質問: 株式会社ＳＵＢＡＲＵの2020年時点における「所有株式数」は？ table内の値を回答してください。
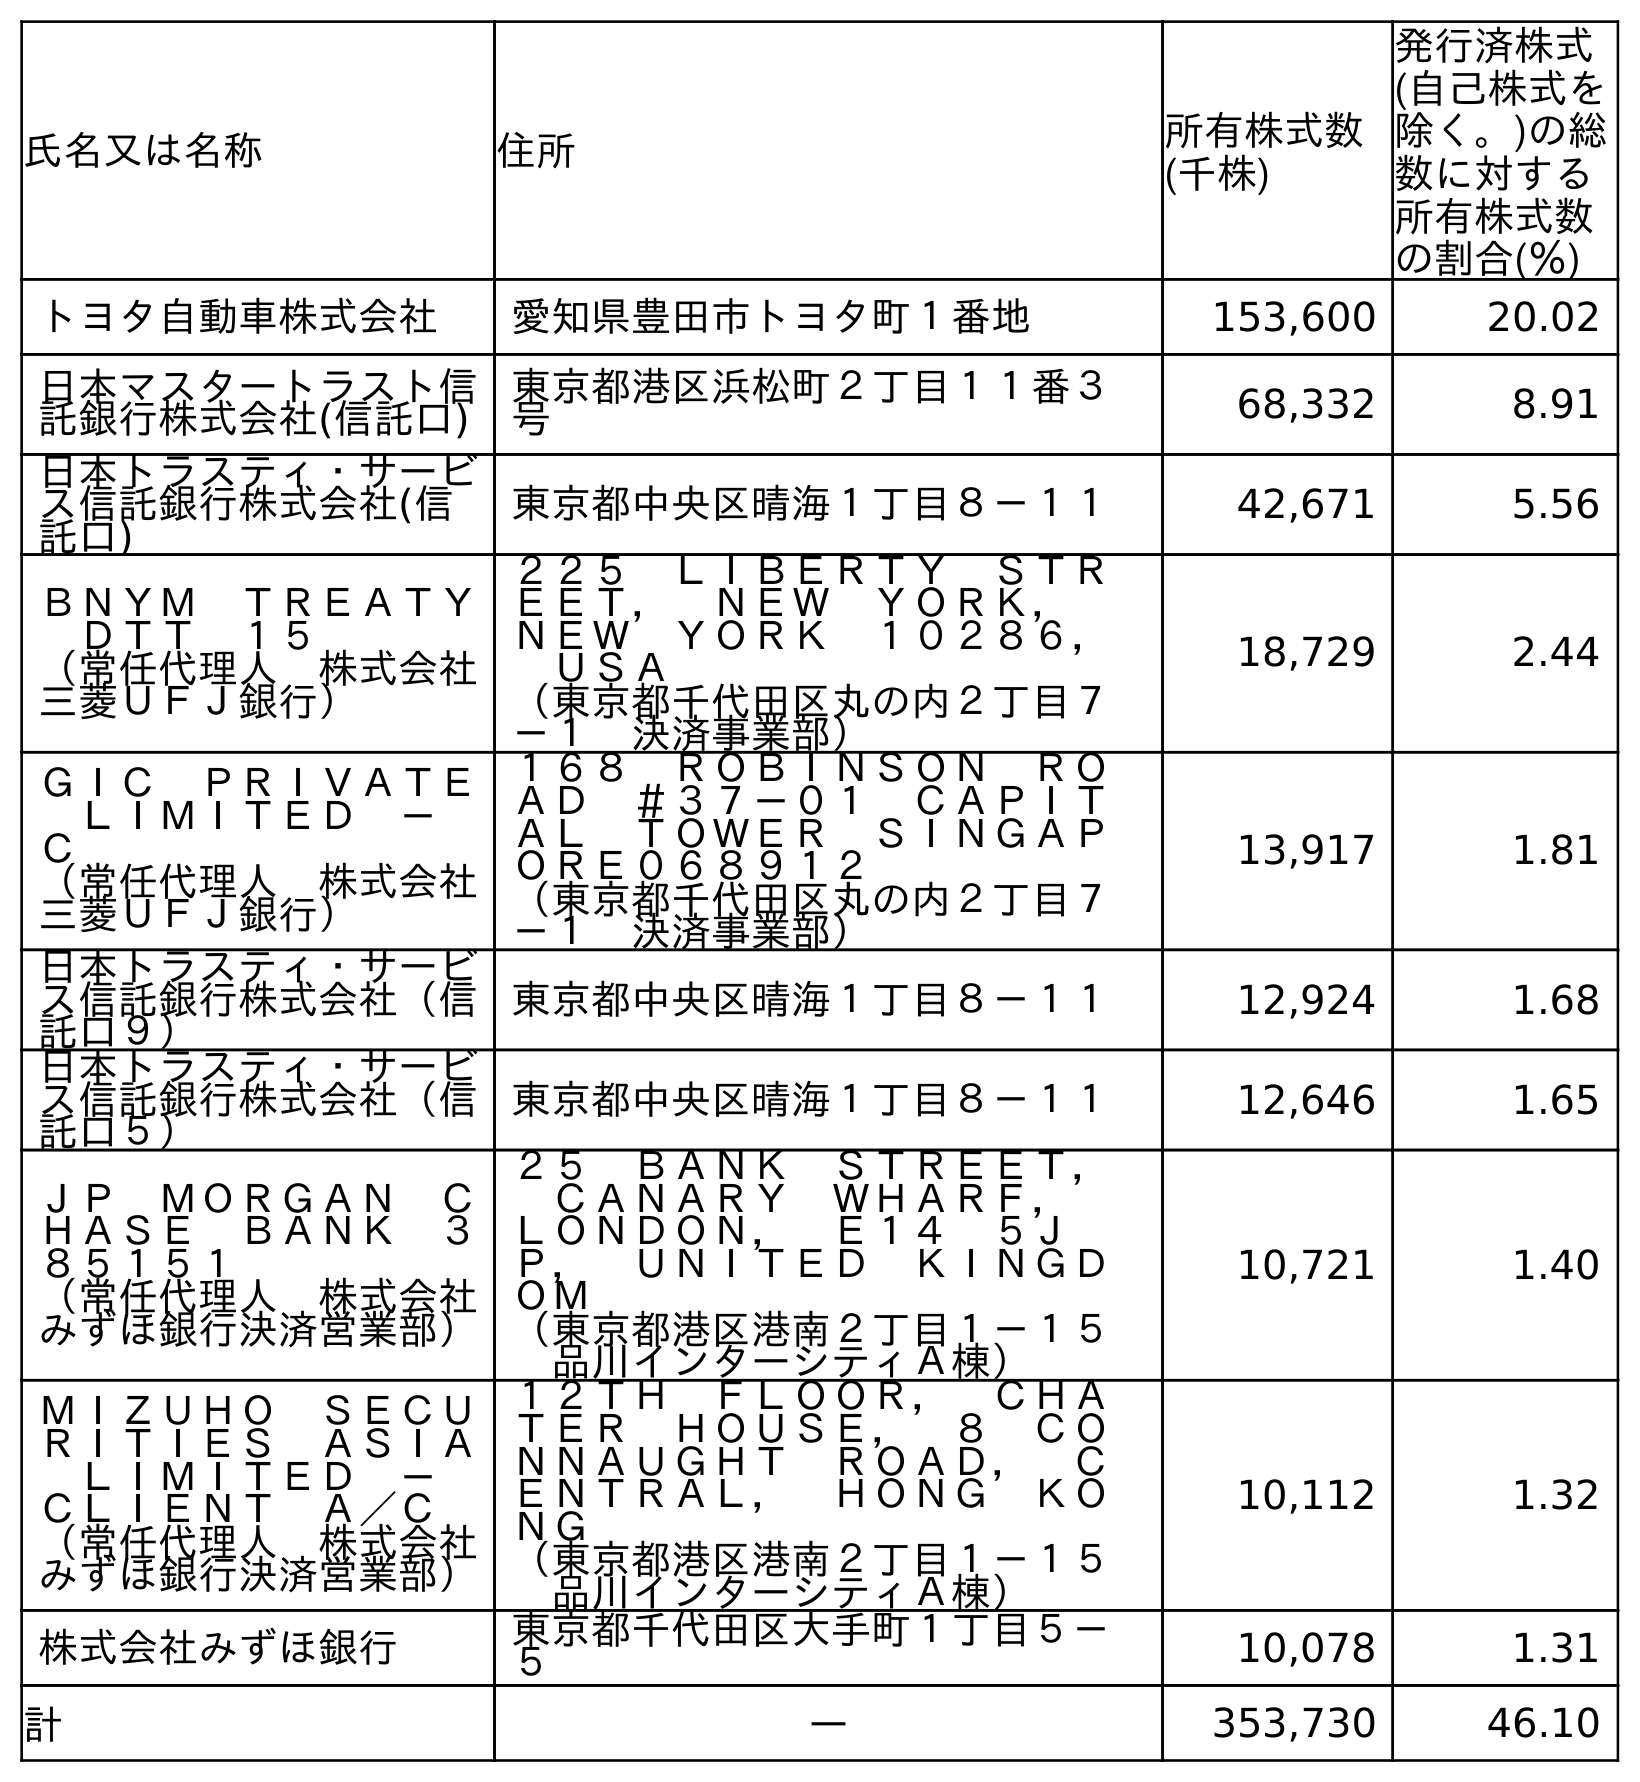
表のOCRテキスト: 氏名又は名称 住所 所有株式数 (千株) 発行済株式 (自己株式を 除く。)の総 数に対する 所有株式数 の割合(％) トヨタ自動車株式会社 愛知県豊田市トヨタ町１番地 153,600 20.02 日本マスタートラスト信 託銀行株式会社(信託口) 東京都港区浜松町２丁目１１番３ 号 68,332 8.91 日本トラスティ・サービ ス信託銀行株式会社(信 託口) 東京都中央区晴海１丁目８－１１ 42,671 5.56 ＢＮＹＭ ＴＲＥＡＴＹ  ＤＴＴ １５ （常任代理人 株式会社 三菱ＵＦＪ銀行） ２２５ ＬＩＢＥＲＴＹ ＳＴＲ ＥＥＴ， ＮＥＷ ＹＯＲＫ，  ＮＥＷ ＹＯＲＫ １０２８６，  ＵＳＡ （東京都千代田区丸の内２丁目７ －１ 決済事業部） 18,729 2.44 ＧＩＣ ＰＲＩＶＡＴＥ  ＬＩＭＩＴＥＤ －  Ｃ （常任代理人 株式会社 三菱ＵＦＪ銀行） １６８ ＲＯＢＩＮＳＯＮ ＲＯ ＡＤ ＃３７－０１ ＣＡＰＩＴ ＡＬ ＴＯＷＥＲ ＳＩＮＧＡＰ ＯＲＥ０６８９１２ （東京都千代田区丸の内２丁目７ －１ 決済事業部） 13,917 1.81 日本トラスティ・サービ ス信託銀行株式会社（信 託口９） 東京都中央区晴海１丁目８－１１ 12,924 1.68 日本トラスティ・サービ ス信託銀行株式会社（信 託口５） 東京都中央区晴海１丁目８－１１ 12,646 1.65 ＪＰ ＭＯＲＧＡＮ Ｃ ＨＡＳＥ ＢＡＮＫ ３ ８５１５１ （常任代理人 株式会社 みずほ銀行決済営業部） ２５ ＢＡＮＫ ＳＴＲＥＥＴ，  ＣＡＮＡＲＹ ＷＨＡＲＦ，  ＬＯＮＤＯＮ， Ｅ１４ ５Ｊ Ｐ， ＵＮＩＴＥＤ ＫＩＮＧＤ ＯＭ （東京都港区港南２丁目１－１５  品川インターシティＡ棟） 10,721 1.40 ＭＩＺＵＨＯ ＳＥＣＵ ＲＩＴＩＥＳ ＡＳＩＡ  ＬＩＭＩＴＥＤ －  ＣＬＩＥＮＴ Ａ／Ｃ （常任代理人 株式会社 みずほ銀行決済営業部） １２ＴＨ ＦＬＯＯＲ， ＣＨＡ ＴＥＲ ＨＯＵＳＥ， ８ ＣＯ ＮＮＡＵＧＨＴ ＲＯＡＤ， Ｃ ＥＮＴＲＡＬ， ＨＯＮＧ ＫＯ ＮＧ （東京都港区港南２丁目１－１５  品川インターシティＡ棟） 10,112 1.32 株式会社みずほ銀行 東京都千代田区大手町１丁目５－ ５ 10,078 1.31 計 ― 353,730 46.10
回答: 353,730